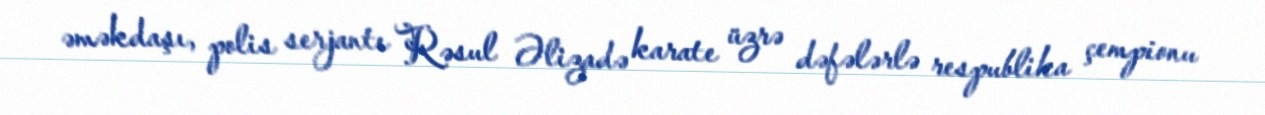
əməkdaşı, polis serjantı Rəsul Əlizadə karate üzrə dəfələrlə respublika çempionu